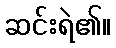
ဆင်းရဲ၏။